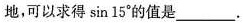
地，可以求得sin15°的值是___.